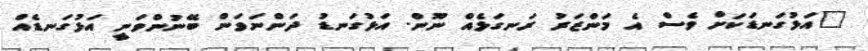
"އަޅުގަނޑަކަށް ވެސް އެ މަންޒަރު ރަަނގަޅެއް ނޫން. އަޅުގަނޑު ދަންނަވަން ބޭނުންވަނީ އަޅުގަނޑެއް